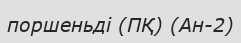
поршеньді (ПҚ) (Ан-2)